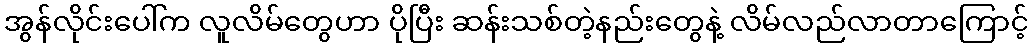
အွန်လိုင်းပေါ်က လူလိမ်တွေဟာ ပိုပြီး ဆန်းသစ်တဲ့နည်းတွေနဲ့ လိမ်လည်လာတာကြောင့်